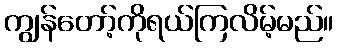
ကျွန်တော့်ကိုရယ်ကြလိမ့်မည်။